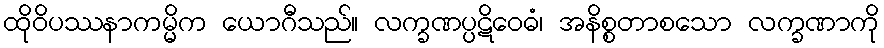
ထိုဝိပဿနာကမ္မိက ယောဂီသည်။ လက္ခဏပ္ပဋိဝေဓံ၊ အနိစ္စတာစသော လက္ခဏာကို